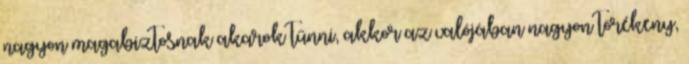
nagyon magabiztosnak akarok tűnni, akkor az valójában nagyon törékeny,